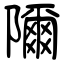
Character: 隬